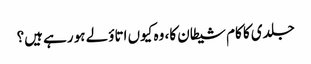
جلدی کا کام شیطان کا، وہ کیوں اتاؤلے ہو رہے ہیں؟